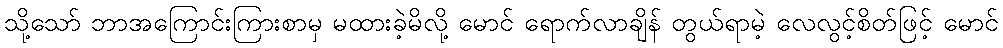
သို့သော် ဘာအကြောင်းကြားစာမှ မထားခဲ့မိလို့ မောင် ရောက်လာချိန် တွယ်ရာမဲ့ လေလွင့်စိတ်ဖြင့် မောင်